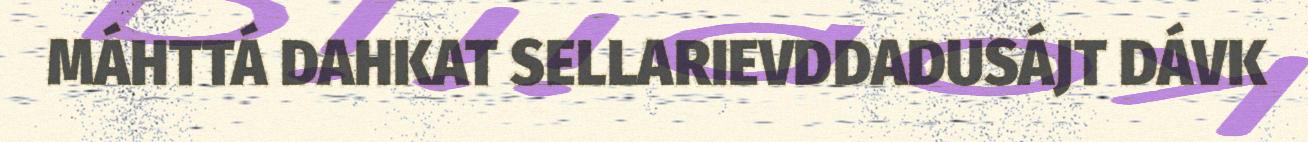
MÁHTTÁ DAHKAT SELLARIEVDDADUSÁJT DÁVK